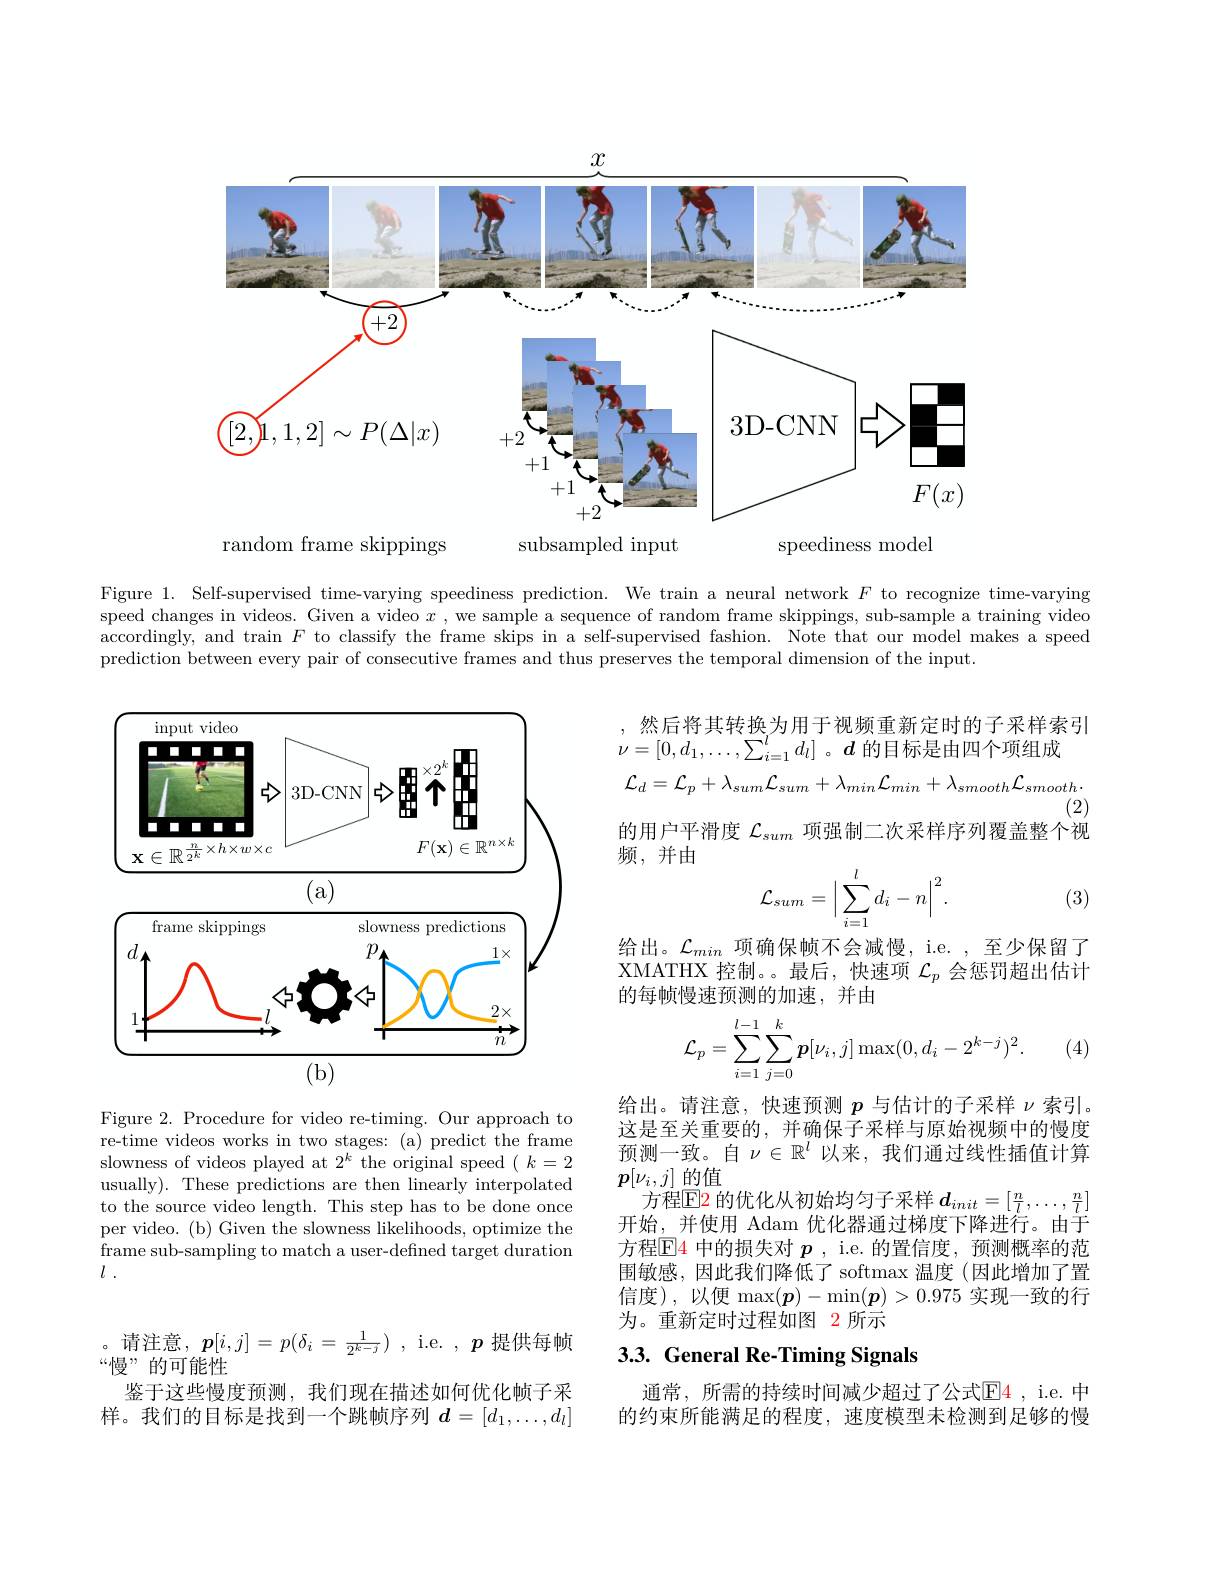
<FigureHere>

Figure 1. Self-supervised time-varying speediness prediction. We train a neural network $F$ to recognize time-varying speed changes in videos. Given a video $x$ , we sample a sequence of random frame skippings, sub-sample a training video accordingly, and train $F$ to classify the frame skips in a self-supervised fashion. Note that our model makes a speed prediction between every pair of consecutive frames and thus preserves the temporal dimension of the input.

然后将其转换为用于视频重新定时的子采样索引
$\nu = [ 0, d_1, \ldots , \sum _{i= 1}^ld_l]$ $。d$的目标是由四个项组成
$$\mathcal{L}_{d}=\mathcal{L}_{p}+\lambda_{sum}\mathcal{L}_{sum}+\lambda_{min}\mathcal{L}_{min}+\lambda_{smooth}\mathcal{L}_{smooth}$$
(2)
的用户平滑度$\mathcal{L}_{sum}$项强制二次采样序列覆盖整个视
频，并由
$$\mathcal{L}_{sum}=\Big|\sum_{i=1}^ld_i-n\Big|^2.$$
<FigureHere>

(3)

给出。$\mathcal{L}_min$项确保帧不会减慢，i.e. ,至少保留了XMATHX 控制。。最后，快速项$\mathcal{L}_p$会惩罚超出估计的每帧慢速预测的加速，并由
$$\mathcal{L}_p=\sum_{i=1}^{l-1}\sum_{j=0}^k\boldsymbol{p}[\nu_i,j]\max(0,d_i-2^{k-j})^2.$$
(4)

Figure 2. Procedure for video re-timing. Our approach to re-time videos works in two stages: (a) predict the frame slowness of videos played at 2$^k$ the original speed $(k=2$ usually). These predictions are then linearly interpolated to the source video length. This step has to be done once per video. (b) Given the slowness likelihoods, optimize the frame sub-sampling to match a user-defined target duration $l.$

给出。请注意，快速预测$p$与估计的子采样$\nu$索引。这是至关重要的，并确保子采样与原始视频中的慢度预测一致。自$\nu\in\mathbb{R}^l$ 以来，我们通过线性插值计算$p[\nu_i,j]$的值
方程E2 的优化从初始均匀子采样$d_init=[\frac{n}{l},\ldots,\frac{n}{l}]$ 开始，并使用 Adam 优化器通过梯度下降进行。由于方程$\mathbb{E}$4 中的损失对 $p$, i.e. 的置信度，预测概率的范围敏感，因此我们降低了 softmax 温度 (因此增加了置信度),以便$\max(\boldsymbol{p})-\min(\boldsymbol{p})>0.975$实现一致的行为。重新定时过程如图 2 所示

# 3.3. General Re-Timing Signals

。请注意，$\boldsymbol{p}[i,j]=p(\delta_i=\frac1{2^{k-j}})$,i.e.,$p$提供每帧
“慢”的可能性
鉴于这些慢度预测，我们现在描述如何优化帧子采样。我们的目标是找到一个跳帧序列$d=[d_1,\ldots,d_l]$

通常，所需的持续时间减少超过了公式$\color{red}{\mathrm{E4}}$,i.e.中的约束所能满足的程度，速度模型未检测到足够的慢